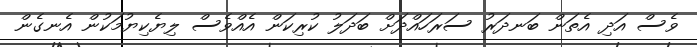
ވެސް އަދި އެތަން ބަނދަރު ސަރަހައްދަށް ބަދަލު ކުރިކަން އެއްވެސް ލިޔެކިޔުމަކުން އެނގެން